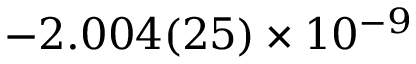
- 2 . 0 0 4 ( 2 5 ) \times 1 0 ^ { - 9 }